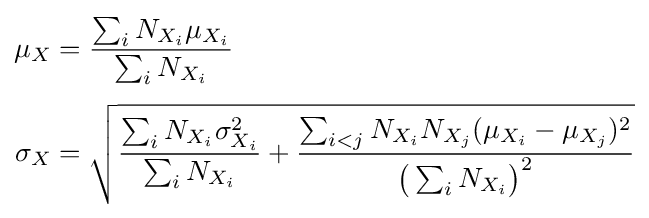
{\begin{aligned}\mu _{X}&={\frac {\sum _{i}N_{X_{i}}\mu _{X_{i}}}{\sum _{i}N_{X_{i}}}}\\[3pt]\sigma _{X}&={\sqrt {{\frac {\sum _{i}N_{X_{i}}\sigma _{X_{i}}^{2}}{\sum _{i}N_{X_{i}}}}+{\frac {\sum _{i<j}N_{X_{i}}N_{X_{j}}(\mu _{X_{i}}-\mu _{X_{j}})^{2}}{{\big (}\sum _{i}N_{X_{i}}{\big )}^{2}}}}}\end{aligned}}